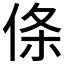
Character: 𪝉